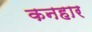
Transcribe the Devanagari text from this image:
कनहार